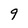
Character: 9